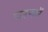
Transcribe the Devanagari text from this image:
पाडणारें